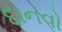
દાનવો